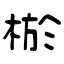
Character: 棜